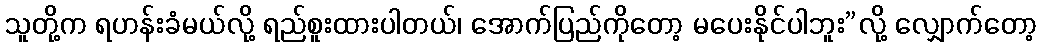
သူတို့က ရဟန်းခံမယ်လို့ ရည်စူးထားပါတယ်၊ အောက်ပြည်ကိုတော့ မပေးနိုင်ပါဘူး”လို့ လျှောက်တော့